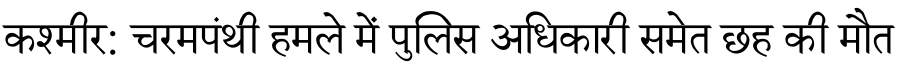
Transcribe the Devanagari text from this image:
कश्मीर: चरमपंथी हमले में पुलिस अधिकारी समेत छह की मौत